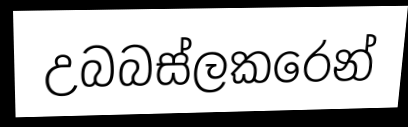
උබබස්ලකරෙන්